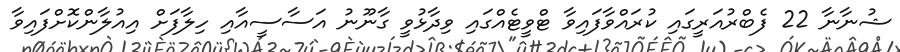
ޝުނާނާ 22 ފެބްރުއަރީގައި ކުރައްވާފައިވާ ޓްވީޓެއްގައި ވިދާޅުވީ ގާނޫނު އަސާސީއާއި ހިލާފަށް އިއުލާންކޮށްފައިވާ